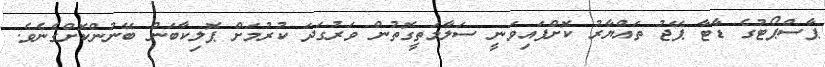
ޕާސްޕޯޓުގެ ޑާޓާ ޕޭޖު ތައްޔާރު ކޮށްފައިވަނީ ސަލާމަތީގޮތުން ވަރުގަދަ ކުރުމަށް ޕޮލިކާބަން ބޭނުންކޮށްގެނެވެ.